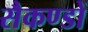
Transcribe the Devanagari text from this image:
सैकण्‍डों